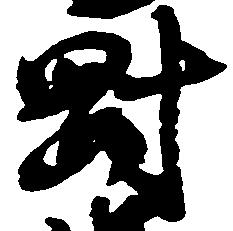
剛